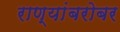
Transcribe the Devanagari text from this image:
राण्यांबरोबर